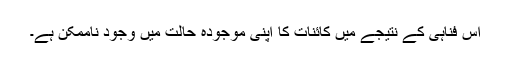
اس فناہی کے نتیجے میں کائنات کا اپنی موجودہ حالت میں وجود ناممکن ہے۔